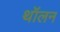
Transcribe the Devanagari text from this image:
थॉलन